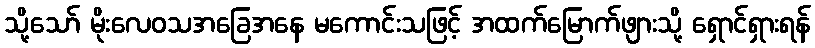
သို့သော် မိုးလေဝသအခြေအနေ မကောင်းသဖြင့် အထက်မြောက်ဖျားသို့ ရှောင်ရှားရန်